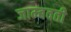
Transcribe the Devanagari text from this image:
जाम्‍बवती